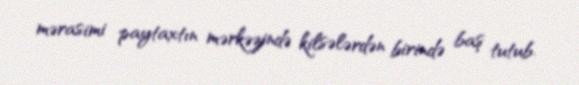
mərasimi paytaxtın mərkəzində kilsələrdən birində baş tutub.